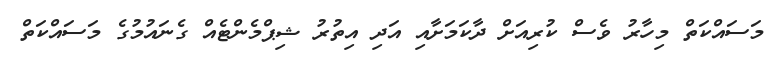
މަސައްކަތް މިހާރު ވެސް ކުރިއަށް ދާކަމަށާއި އަދި އިތުރު ޝިޕްމެންޓެއް ގެނައުމުގެ މަސައްކަތް